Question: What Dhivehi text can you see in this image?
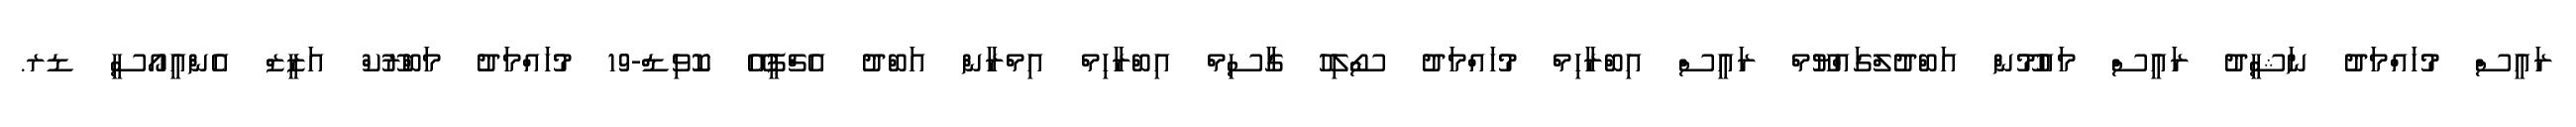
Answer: ރައީސް މުހައްމަދު ނަޝީދު ރައީސް މައުމޫން އަބްދުލްގައްޔޫމް ރައީސް އިބްރާހިމް މުހައްމަދު ސޯލިހު ގާސިމް އިބްރާހިމް އިމްރާން އަބްދު އެޗްޕީއޭ ކޮވިޑް-19 މުހައްމަދު މަބްރޫކް އަޒީޒް އެންއީއޯސީ ޑރ.